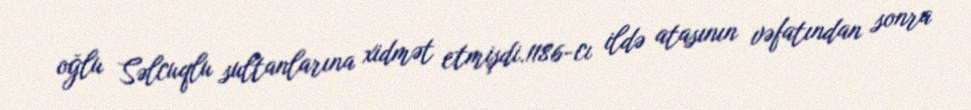
oğlu Səlcuqlu sultanlarına xidmət etmişdi.1186-cı ildə atasının vəfatından sonra